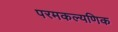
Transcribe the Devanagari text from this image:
परमकल्यणिक